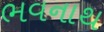
ભવનાથ